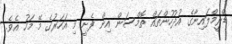
ޑްރީމްލައިނާގެ އުދުހުންތައް ތޮމްސަން އިން ފެށީ މި އަހަރުގެ މޭ މަހު އެވެ.